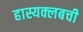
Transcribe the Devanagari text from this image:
हास्यक्लबची